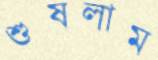
শুষলাম